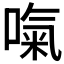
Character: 𠺪